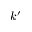
k ^ { \prime }